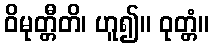
ဝိမုတ္တီတိ၊ ဟူ၍။ ဝုတ္တံ။